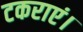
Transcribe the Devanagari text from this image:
टकराएं।